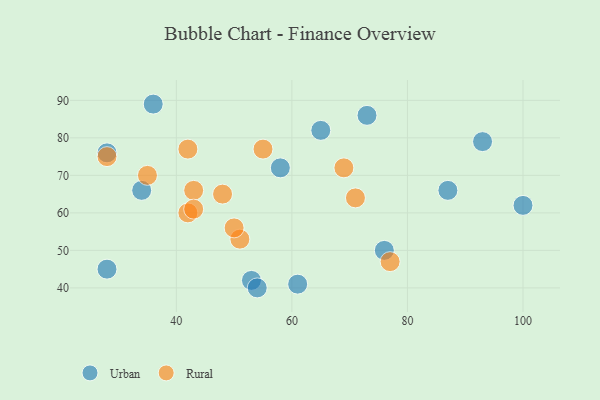
{"axis": {"x": "GDP", "y": "Life Expectancy"}, "legend": ["Rural", "Urban"], "data": [{"x": "58", "y": 72, "type": "Urban"}, {"x": "53", "y": 42, "type": "Urban"}, {"x": "36", "y": 89, "type": "Urban"}, {"x": "54", "y": 40, "type": "Urban"}, {"x": "28", "y": 76, "type": "Urban"}, {"x": "87", "y": 66, "type": "Urban"}, {"x": "65", "y": 82, "type": "Urban"}, {"x": "100", "y": 62, "type": "Urban"}, {"x": "28", "y": 45, "type": "Urban"}, {"x": "93", "y": 79, "type": "Urban"}, {"x": "61", "y": 41, "type": "Urban"}, {"x": "76", "y": 50, "type": "Urban"}, {"x": "34", "y": 66, "type": "Urban"}, {"x": "73", "y": 86, "type": "Urban"}, {"x": "51", "y": 53, "type": "Rural"}, {"x": "69", "y": 72, "type": "Rural"}, {"x": "35", "y": 70, "type": "Rural"}, {"x": "77", "y": 47, "type": "Rural"}, {"x": "55", "y": 77, "type": "Rural"}, {"x": "42", "y": 77, "type": "Rural"}, {"x": "71", "y": 64, "type": "Rural"}, {"x": "48", "y": 65, "type": "Rural"}, {"x": "42", "y": 60, "type": "Rural"}, {"x": "43", "y": 66, "type": "Rural"}, {"x": "28", "y": 75, "type": "Rural"}, {"x": "43", "y": 61, "type": "Rural"}, {"x": "50", "y": 56, "type": "Rural"}]}